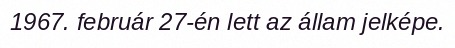
1967. február 27-én lett az állam jelképe.